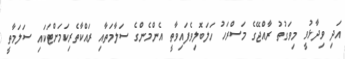
އަދި ވިދާޅުވީ މިވަގުތު ރާއްޖޭގެ މަސްރަހު ހަލަބޮލިވެފައިވާތީ އެންމެންގެ ސަލާމަތާއި ރައްކާތެރިކަމަށްޓަކައި ސަލަމާތީ